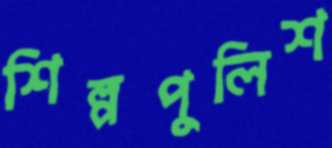
শিল্পপুলিশ